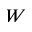
W